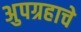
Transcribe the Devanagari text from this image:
अुपग्रहाचे